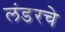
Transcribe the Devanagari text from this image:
लंडरचे